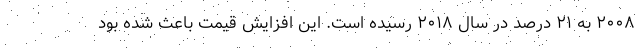
۲۰۰۸ به ۲۱ درصد در سال ۲۰۱۸ رسیده است. این افزایش قیمت باعث شده بود